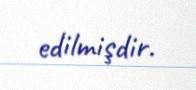
edilmişdir.